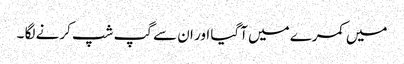
میں کمرے میں آگیا اور ان سے گپ شپ کرنے لگا ۔